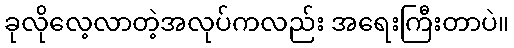
ခုလိုလေ့လာတဲ့အလုပ်ကလည်း အရေးကြီးတာပဲ။